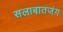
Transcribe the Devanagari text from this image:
सलाबातजंग